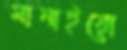
মানাইয়ো